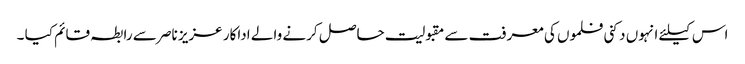
اس کیلئے انہوں دکنی فلموں کی معرفت سے مقبولیت حاصل کرنے والے اداکار عزیز ناصر سے رابطہ قائم کیا ۔